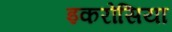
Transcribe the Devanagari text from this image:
इकरोसिया